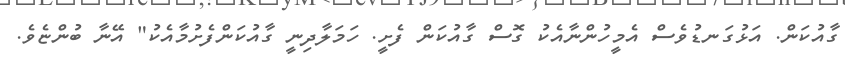
ގާއުކަން. އަޅުގަނޑުވެސް އެމީހުންނާއެކު ގޮސް ގާއުކަން ފެށީ. ހަމަލާދިނީ ގާއުކަންފެށުމާއެކު" އޭނާ ބުންޏެވެ.